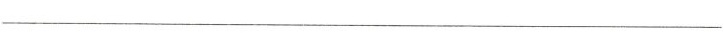
___